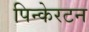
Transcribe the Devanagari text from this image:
पिन्केरटन